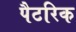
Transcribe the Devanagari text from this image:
पैटरिक